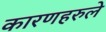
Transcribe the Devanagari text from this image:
कारणहरुले